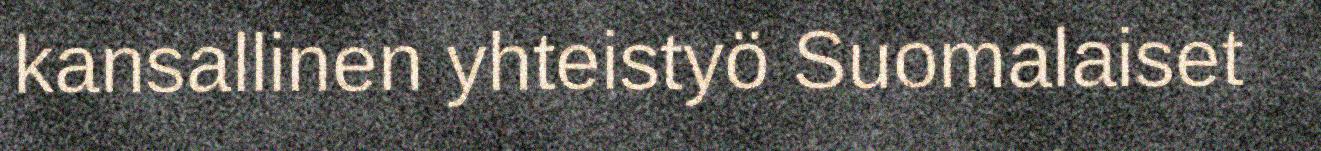
kansallinen yhteistyö Suomalaiset